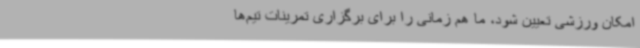
امکان ورزشی تعیین شود، ما هم زمانی را برای برگزاری تمرینات تیم‌ها